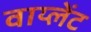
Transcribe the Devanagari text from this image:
वाय्लेंट